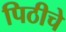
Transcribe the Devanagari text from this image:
पिठीचे